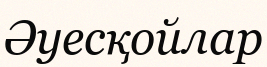
Әуесқойлар